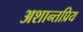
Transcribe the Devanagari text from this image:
अशान्तप्रिय